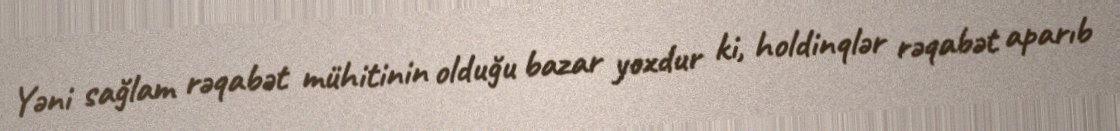
Yəni sağlam rəqabət mühitinin olduğu bazar yoxdur ki, holdinqlər rəqabət aparıb